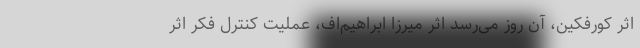
اثر کورفکین، آن روز می‌رسد اثر میرزا ابراهیم‌اف، عملیت کنترل فکر اثر